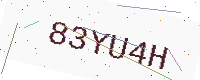
Text: 83YU4H